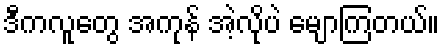
ဒီကလူတွေ အကုန် အဲ့လိုပဲ မျောကြတယ်။